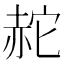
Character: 𧹟